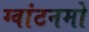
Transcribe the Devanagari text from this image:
ग्वांटनमो